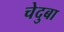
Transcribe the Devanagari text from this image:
चेदुबा